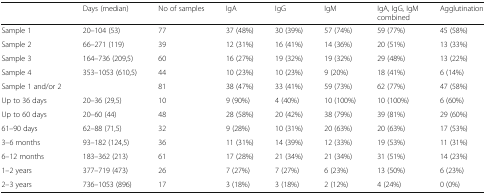
<table><thead><tr><td></td><td><b>Days (median)</b></td><td><b>No of samples</b></td><td><b>IgA</b></td><td><b>IgG</b></td><td><b>IgM</b></td><td><b>IgA, IgG, IgM combined</b></td><td><b>Agglutination</b></td></tr></thead><tbody><tr><td>Sample 1</td><td>20–104 (53)</td><td>77</td><td>37 (48%)</td><td>30 (39%)</td><td>57 (74%)</td><td>59 (77%)</td><td>45 (58%)</td></tr><tr><td>Sample 2</td><td>66–271 (119)</td><td>39</td><td>12 (31%)</td><td>16 (41%)</td><td>14 (36%)</td><td>20 (51%)</td><td>13 (33%)</td></tr><tr><td>Sample 3</td><td>164–736 (209,5)</td><td>60</td><td>16 (27%)</td><td>19 (32%)</td><td>19 (32%)</td><td>29 (48%)</td><td>13 (22%)</td></tr><tr><td>Sample 4</td><td>353–1053 (610,5)</td><td>44</td><td>10 (23%)</td><td>10 (23%)</td><td>9 (20%)</td><td>18 (41%)</td><td>6 (14%)</td></tr><tr><td>Sample 1 and/or 2</td><td></td><td>81</td><td>38 (47%)</td><td>33 (41%)</td><td>59 (73%)</td><td>62 (77%)</td><td>47 (58%)</td></tr><tr><td>Up to 36 days</td><td>20–36 (29,5)</td><td>10</td><td>9 (90%)</td><td>4 (40%)</td><td>10 (100%)</td><td>10 (100%)</td><td>6 (60%)</td></tr><tr><td>Up to 60 days</td><td>20–60 (44)</td><td>48</td><td>28 (58%)</td><td>20 (42%)</td><td>38 (79%)</td><td>39 (81%)</td><td>29 (60%)</td></tr><tr><td>61–90 days</td><td>62–88 (71,5)</td><td>32</td><td>9 (28%)</td><td>10 (31%)</td><td>20 (63%)</td><td>20 (63%)</td><td>17 (53%)</td></tr><tr><td>3–6 months</td><td>93–182 (124,5)</td><td>36</td><td>11 (31%)</td><td>14 (39%)</td><td>12 (33%)</td><td>19 (53%)</td><td>11 (31%)</td></tr><tr><td>6–12 months</td><td>183–362 (213)</td><td>61</td><td>17 (28%)</td><td>21 (34%)</td><td>21 (34%)</td><td>31 (51%)</td><td>14 (23%)</td></tr><tr><td>1–2 years</td><td>377–719 (473)</td><td>26</td><td>7 (27%)</td><td>7 (27%)</td><td>6 (23%)</td><td>13 (50%)</td><td>6 (23%)</td></tr><tr><td>2–3 years</td><td>736–1053 (896)</td><td>17</td><td>3 (18%)</td><td>3 (18%)</td><td>2 (12%)</td><td>4 (24%)</td><td>0 (0%)</td></tr></tbody></table>